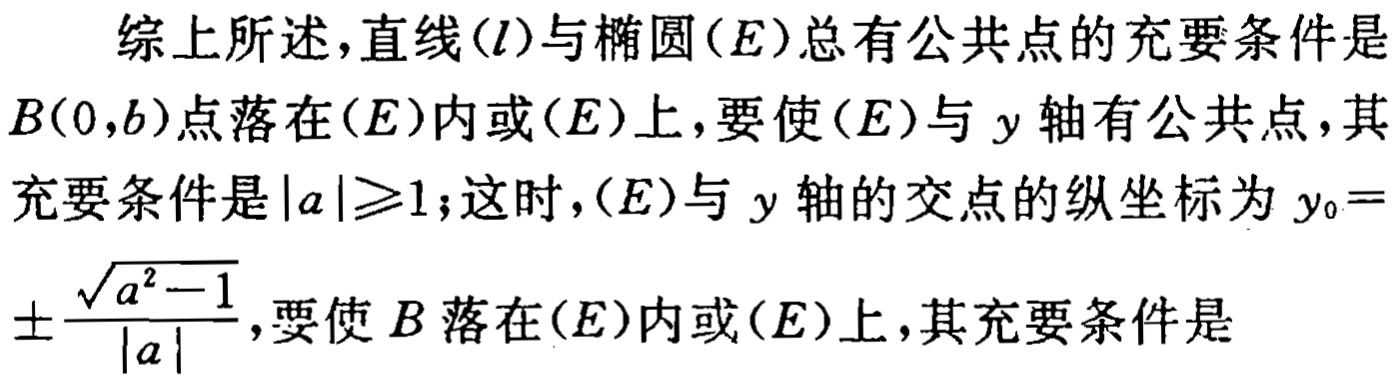
综上所述，直线\((l)\)与椭圆\((E)\)总有公共点的充要条件是\(B(0,b)\)点落在\((E)\)内或\((E)\)上，要使\((E)\)与 \(y\)轴有公共点，其充要条件是\(\vert a\vert\geqslant1\)；这时，\((E)\)与 \(y\)轴的交点的纵坐标为 \(y_{0}=\pm\frac{\sqrt{a^{2}-1}}{\vert a\vert}\)，要使 \(B\)落在\((E)\)内或\((E)\)上，其充要条件是